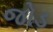
જોડ